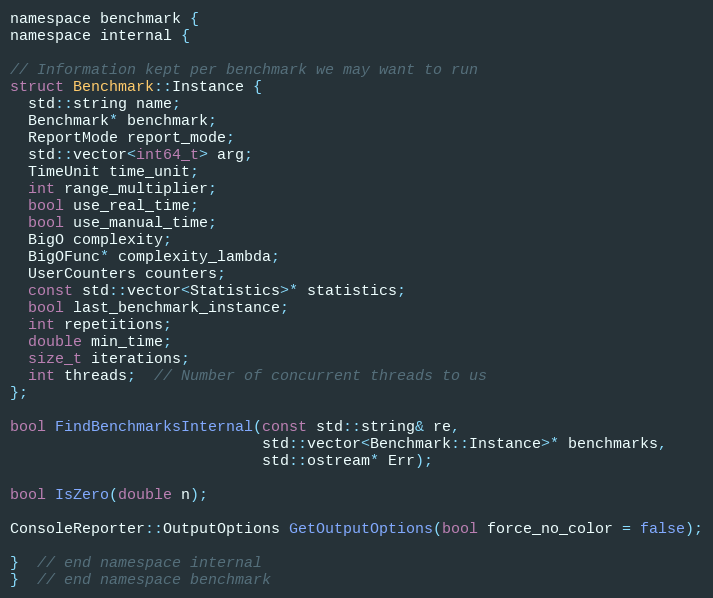
Language: C
namespace benchmark {
namespace internal {

// Information kept per benchmark we may want to run
struct Benchmark::Instance {
  std::string name;
  Benchmark* benchmark;
  ReportMode report_mode;
  std::vector<int64_t> arg;
  TimeUnit time_unit;
  int range_multiplier;
  bool use_real_time;
  bool use_manual_time;
  BigO complexity;
  BigOFunc* complexity_lambda;
  UserCounters counters;
  const std::vector<Statistics>* statistics;
  bool last_benchmark_instance;
  int repetitions;
  double min_time;
  size_t iterations;
  int threads;  // Number of concurrent threads to us
};

bool FindBenchmarksInternal(const std::string& re,
                            std::vector<Benchmark::Instance>* benchmarks,
                            std::ostream* Err);

bool IsZero(double n);

ConsoleReporter::OutputOptions GetOutputOptions(bool force_no_color = false);

}  // end namespace internal
}  // end namespace benchmark